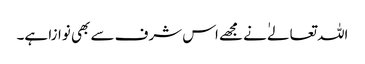
اللہ تعالےٰ نے مجھے اس شرف سے بھی نوازا ہے۔